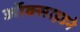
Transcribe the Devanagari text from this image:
ऑक्साइडने